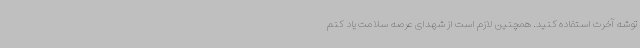
توشه آخرت استفاده کنید. همچنین لازم است از شهدای عرصه سلامت یاد کنم